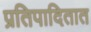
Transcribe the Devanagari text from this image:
प्रतिपादितात